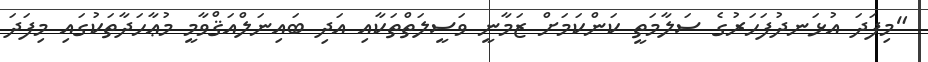
"މިފަދަ އުޅަނދުފަހަރުގެ ސަލާމަތީ ކަންކަމަށް ޒަމާނީ ވަސީލަތްތަކާއި އަދި ބައިނަލްއަޤްވާމީ މުޢާހަދާތަކުގައި މިފަދަ